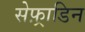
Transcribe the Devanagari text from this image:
सेफ़्राडिन